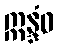
ဣန္ဒံဝ